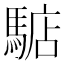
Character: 𩤎